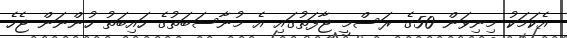
އެކަމަކު މިނިވަން 50ގެ ރަސްމީ ޖާފަތުގައި އެ މުނާސަބަތުގެ ހައިބަތު ހުންނަން ޖެހެ